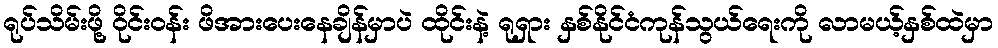
ရုပ်သိမ်းဖို့ ဝိုင်းဝန်း ဖိအားပေးနေချိန်မှာပဲ ထိုင်းနဲ့ ရုရှား နှစ်နိုင်ငံကုန်သွယ်ရေးကို လာမယ့်နှစ်ထဲမှာ